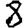
Digit: 8